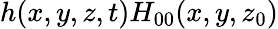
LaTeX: h(x,y,z,t)H_{00}(x,y,z_{0})